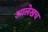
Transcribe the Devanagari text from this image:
आलेखच